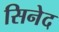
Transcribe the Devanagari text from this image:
सिनेद